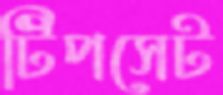
টিপসেট